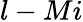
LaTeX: l-Mi